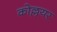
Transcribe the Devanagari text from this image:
कोल्लयर